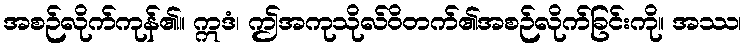
အစဉ်လိုက်ကုန်၏။ ဣဒံ၊ ဤအကုသိုလ်ဝိတက်၏အစဉ်လိုက်ခြင်းကို။ အဿ၊